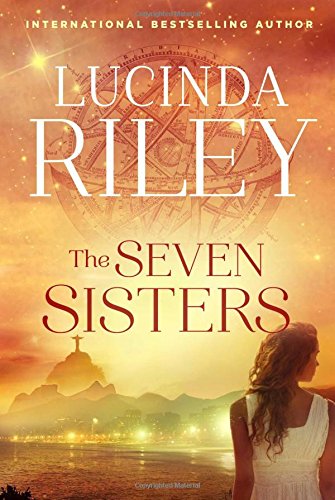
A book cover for The Seven Sisters: A Novel; Lucinda Riley; Literature & Fiction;